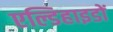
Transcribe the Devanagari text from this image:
एल्डिहाइडों